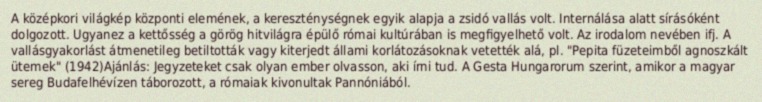
A középkori világkép központi elemének, a kereszténységnek egyik alapja a zsidó vallás volt. Internálása alatt sírásóként dolgozott. Ugyanez a kettősség a görög hitvilágra épülő római kultúrában is megfigyelhető volt. Az irodalom nevében ifj. A vallásgyakorlást átmenetileg betiltották vagy kiterjedt állami korlátozásoknak vetették alá, pl. "Pepita füzeteimből agnoszkált ütemek" (1942)Ajánlás: Jegyzeteket csak olyan ember olvasson, aki írni tud. A Gesta Hungarorum szerint, amikor a magyar sereg Budafelhévízen táborozott, a rómaiak kivonultak Pannóniából.